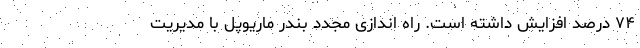
۷۴ درصد افزایش داشته است. راه اندازی مجدد بندر ماریوپل با مدیریت